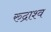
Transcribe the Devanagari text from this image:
रुद्राश्व